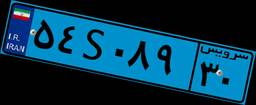
۸۲S۵۵۱۶۲